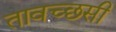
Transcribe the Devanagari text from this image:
तावच्छसी